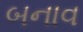
બનાવ